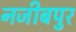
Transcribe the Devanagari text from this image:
नजीबपुर